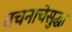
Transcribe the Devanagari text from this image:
वचनाचेसुद्धा